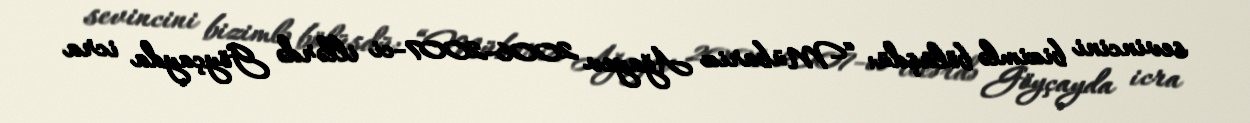
sevincini bizimlə bölüşdü: “Mübariz Ağayev 2006-2007-ci illərdə Göyçayda icra